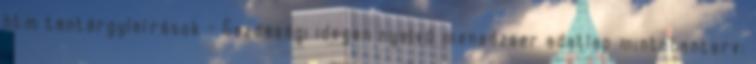
htm tantárgyleírások - Gazdasági idegen nyelvű menedzser adatlap mintatanterv: